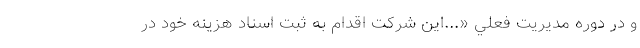
و در دوره مديريت فعلي «...اين شركت اقدام به ثبت اسناد هزينه خود در